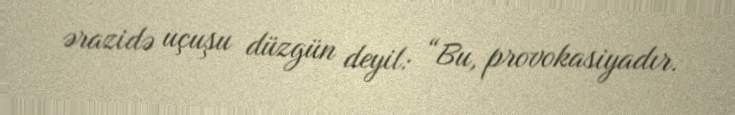
ərazidə uçuşu düzgün deyil: “Bu, provokasiyadır.